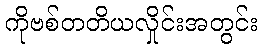
ကိုဗစ်တတိယလှိုင်းအတွင်း